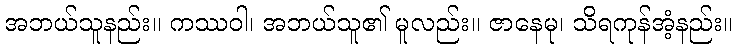
အဘယ်သူနည်း။ ကဿဝါ၊ အဘယ်သူ၏ မူလည်း။ ဇာနေမု၊ သိရကုန်အံ့နည်း။